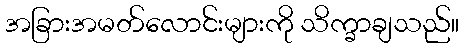
အခြားအမတ်လောင်းများကို သိက္ခာချသည်။